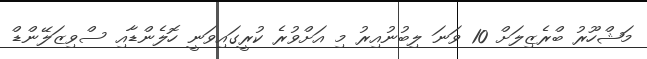
މަޝްހޫރު ބްރެޒިލަށް 10 ވަނަ ލިބުނުއިރު މި އަށްވުރެ ކުރީގައިވަނީ ހޮލެންޑާއި ސްވިޒަލޭންޑް